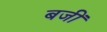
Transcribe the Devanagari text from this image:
बजीं